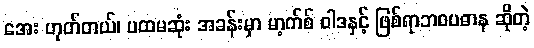
အေး ဟုတ်တယ်၊ ပထမဆုံး အခန်းမှာ မာ့က်စ် ဝါဒနှင့် ဖြစ်ရာဘဝပဓာန ဆိုတဲ့